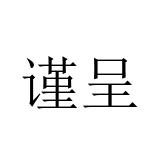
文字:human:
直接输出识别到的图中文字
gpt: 谨呈